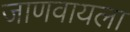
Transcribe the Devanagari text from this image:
जाणवायला